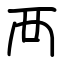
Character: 襾